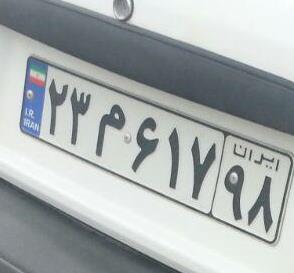
۲۳م۶۱۷۹۸